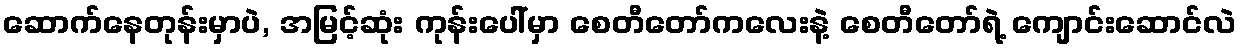
ဆောက်နေတုန်းမှာပဲ, အမြင့်ဆုံး ကုန်းပေါ်မှာ စေတီတော်ကလေးနဲ့ စေတီတော်ရဲ့ ကျောင်းဆောင်လဲ